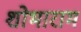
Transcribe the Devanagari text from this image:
शोभाराम